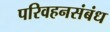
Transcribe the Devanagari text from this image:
परिवहनसंबंध